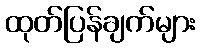
ထုတ်ပြန်ချက်များ